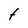
Character: t